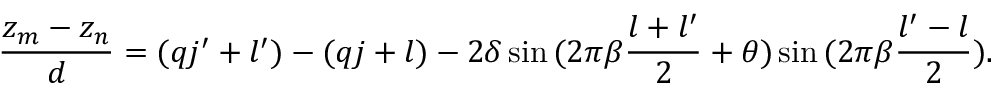
\frac { z _ { m } - z _ { n } } { d } = ( q j ^ { \prime } + l ^ { \prime } ) - ( q j + l ) - 2 \delta \sin { ( 2 \pi \beta \frac { l + l ^ { \prime } } { 2 } + \theta ) } \sin { ( 2 \pi \beta \frac { l ^ { \prime } - l } { 2 } ) } .